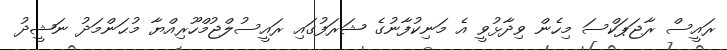
ރައީސް ރާޖަޕަކްސަ މިހެން ވިދާޅުވީ އެ މަނިކުފާނުގެ ޝަރަފުގައި ރައީސުލްޖުމްހޫރިއްޔާ މުޙަންމަދު ނަޝީދު